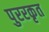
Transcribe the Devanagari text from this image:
पुररकृत